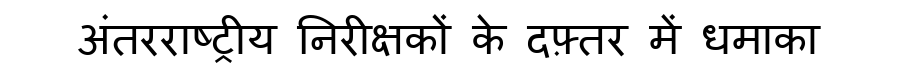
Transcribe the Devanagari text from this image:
अंतरराष्ट्रीय निरीक्षकों के दफ़्तर में धमाका